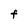
Character: F